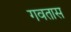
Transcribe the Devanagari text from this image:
गवतास